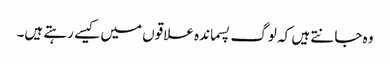
وہ جانتے ہیں کہ لوگ پسماندہ علاقوں میں کیسے رہتے ہیں۔